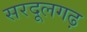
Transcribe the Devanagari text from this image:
सरदूलगढ़